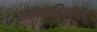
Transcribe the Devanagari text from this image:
सागरकिनारा